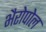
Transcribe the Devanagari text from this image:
भैरोपोल